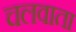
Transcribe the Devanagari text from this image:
चलवाता